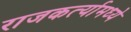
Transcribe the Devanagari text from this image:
राजकर्त्यामध्ये